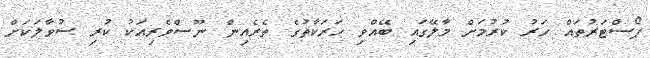
ޕޯސްޓަރުތައް ހަރު ކުރުމަށް މާލޭގައި ބޭއްވި ހަރަކާތުގެ ތެރެއިން ނޫސްވެރިއަކު ކުރި ސުވާލަކަށް